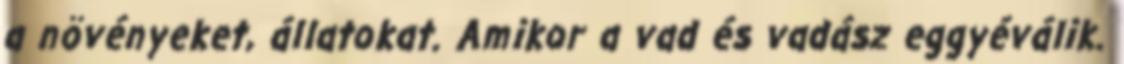
a növényeket, állatokat. Amikor a vad és vadász eggyéválik.